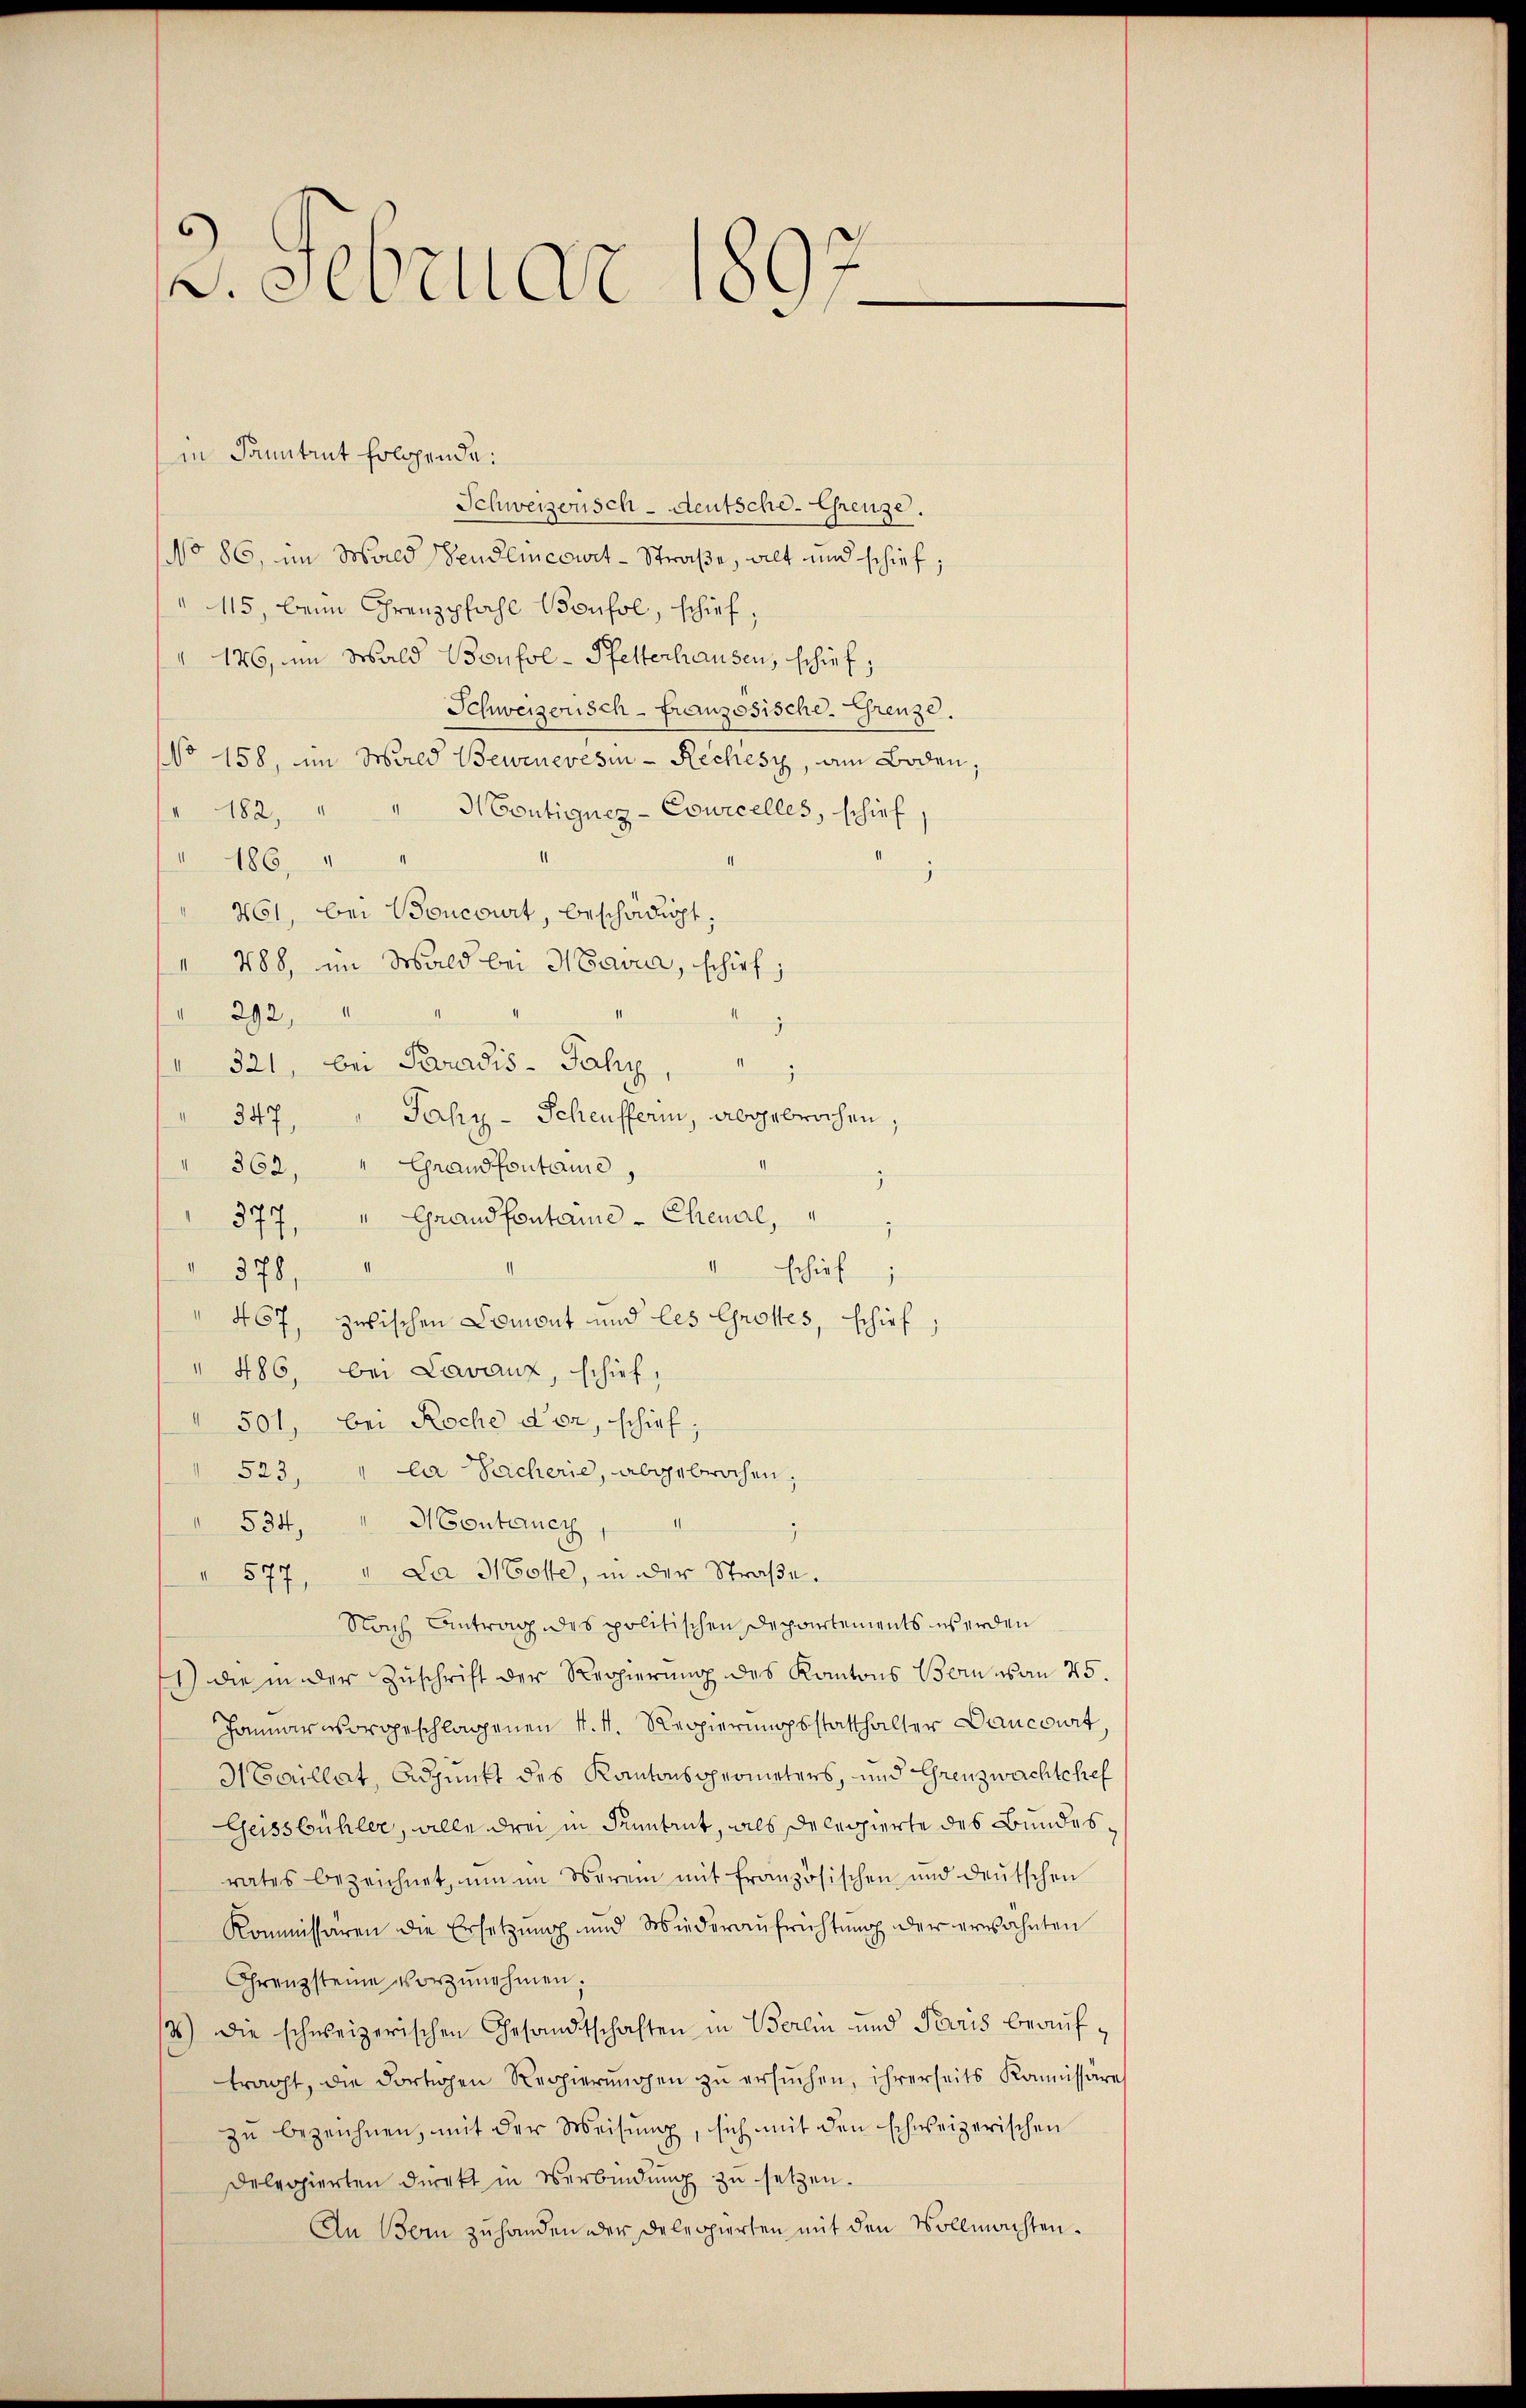
Schweizerisch-deutsche - Grenze.
No 86, im Wald endlincowit-Straße, alt und schief,
" 115, beim Grenzpfahl Bonsol, schief,
" 176, im Wald Boufoe-Pfetterhausen, schief;
Schweizerisch-Französische. Grenze.
No 158, im Wald Bewenevesin - Reches, am Boden;
" 182, " " Montigneg-Courcelles, schief
" 186 " "
461, bei Boncourt, beschädigt.
 788, im Wald bei Havra, schirt;
1
n
" 292,
2
 321, bei Paradis - Jahr
.
Jahy-Scheufferin, abgebrochen;
347,
Grandfontaine
362,
.
377. " Grand fontaine-Chenal,
n
 378,
schief
" 467, zwischen Comont und les Grottes, schief;
" 486, bei Lavaux, schief,
" 501, bei Roche dor, schief;
523, " la Sacherie, abgebrochen,
534. " Montaney
i
" 577. " Da Hotte, in der Straße.
Nach Antrag des politischen Departements werden
1) die in der Zuschrift der Regierung des Kantons Bern es an 25.
Januar vorgeschlagenen v. 4. Regierungsstatthalter Dancourt,
Haillat, Adjunkt des Kantonspprometers, und Grenzwachtchef
Geissbühler, alle drei in Kenntrut, als Delegierte des Bundesrates bezeichnet, um im Verei mit französischen und deutschen
Kommissären die Ersetzung und Wiederaufrichtung der erwähnten
Grenzsteine vorzŭnehmen.
4.) Die schweizerischen Gesandtschaften in Berlin und Paris beauftracht, die dortigen Regierungen zu ersuchen, ihrerseits Kommissäre
zŭ bezeichnen, mit der Weisung, sich mit den schweizerischen
Delegierten direkt in Verbindung zu setzen.
An Bern zuhanden der Deleppierten mit den Vollmachten.

2. Februar 1897
g

in Sanitrut folgende: